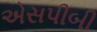
એસપીબી